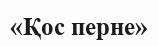
«Қос перне»